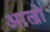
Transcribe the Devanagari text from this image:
आल्नो